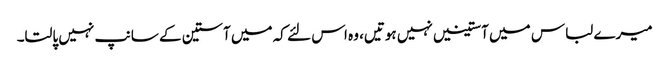
میرے لباس میں آستینیں نہیں ہوتیں، وہ اس لئے کہ میں آستین کے سانپ نہیں پالتا۔